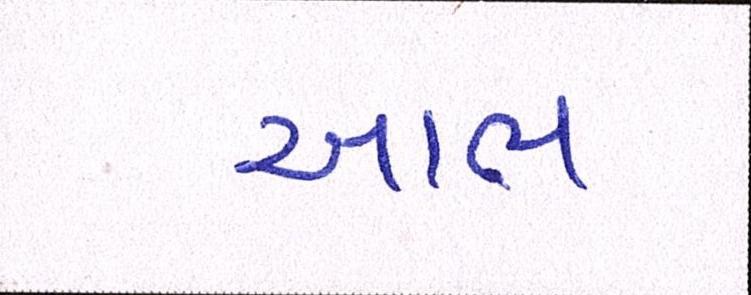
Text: આભ